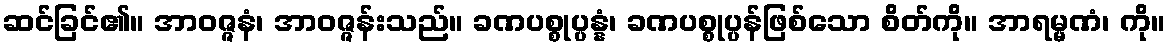
ဆင်ခြင်၏။ အာဝဇ္ဇနံ၊ အာဝဇ္ဇန်းသည်။ ခဏပစ္စုပ္ပန္နံ၊ ခဏပစ္စုပ္ပန်ဖြစ်သော စိတ်ကို။ အာရမ္မဏံ၊ ကို။